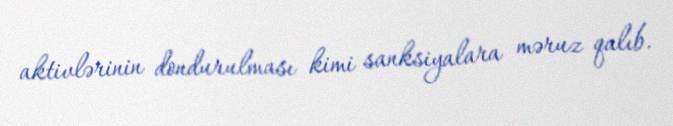
aktivlərinin dondurulması kimi sanksiyalara məruz qalıb.